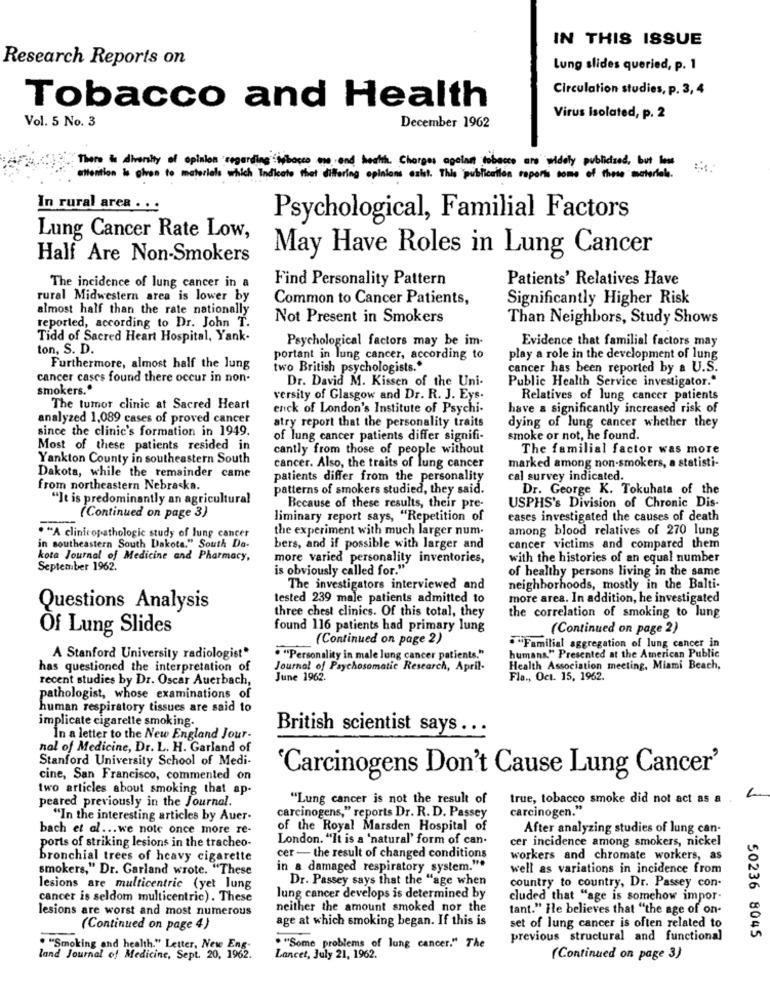
IN THIS ISSUE
Research Reports on
Lung slides queried, p. 1
Circulation studies, p. 3, 4
Tobacco and Health
Vol. 5 No. 3
December 1962
Virus Isolated, p. 2
There is diversity of opinion regarding inbosco me and health. Charges agelan tobacco are widely publicized, but low
attention to giron to materials which indicate that differing opinions asket. This publication reports some of these materials.
In rural area . ..
Psychological, Familial Factors
Lung Cancer Rate Low,
May Have Roles in Lung Cancer
Half Are Non-Smokers
Find Personality Pattern
Patients' Relatives Have
The incidence of lung cancer in a
rural Midwestern area is lower by
Common to Cancer Patients,
Significantly Higher Risk
almost half than the rate nationally
reported, according to Dr. John T.
Not Present in Smokers
Than Neighbors, Study Shows
Tidd of Sacred Heart Hospital, Yank.
Psychological factors may be im-
Evidence that familial factors may
ton, S. D.
portant in lung cancer, according to
play a role in the development of lung
Furthermore, almost half the lung
two British psychologists."
cancer has been reported by a U.S.
cancer cases found there occur in non.
Dr. David M. Kissen of the Uni-
Public Health Service investigator."
smokers."
versity of Glasgow and Dr. R. J. Eys.
Relatives of lung cancer patients
The tumor clinic at Sacred Heart
enck of London's Institute of Psychi-
have a significantly increased risk of
analyzed 1,089 cases of proved cancer
atry report that the personality traits
dying of lung cancer whether they
since the clinic's formation in 1949.
of lung cancer patients differ signifi-
smoke or not, he found.
Most of these patients resided in
cantly from those of people without
The familial factor was more
Yankton County in southeastern South
cancer. Also, the traits of lung cancer
marked among non-smokers, a statisti-
Dakota, while the remainder came
patients differ from the personality
cal survey indicated.
from northeastern Nebraska.
patterns of smokers studied, they said.
Dr. George K. Tokuhata of the
"It is predominantly an agricultural
Because of these results, their pre-
USPHS's Division of Chronic Dis-
(Continued on page 3)
liminary report says, "Repetition of
cases investigated the causes of death
the experiment with much larger num.
among blood relatives of 270 lung
. "A clinicopathologic study of lung cancer
in southeastern South Dakota." South De-
bers, and if possible with larger and
cancer victims and compared them
kota Journal of Medicine and Pharmacy,
more varied personality inventories,
with the histories of an equal number
September 1962.
is obviously called for."
of healthy persons living in the same
The investigators interviewed and
neighborhoods, mostly in the Balti-
tested 239 male patients admitted to
more area. In addition, he investigated
Questions Analysis
the correlation of smoking to lung
three chest clinics. Of this total, they
Of Lung Slides
found 116 patients had primary lung
(Continued on page 2)
(Continued on page 2)
humans." Presented at the American Public
"Familial aggregation of lung cancer in
A Stanford University radiologist*
."Personality in male lung cancer patients."
has questioned the interpretation of
Journal of Psychosomatic Research, April-
Health Association meeting, Miami Beach,
recent studies by Dr. Oscar Auerbach,
June 1962.
Fla ., Oct. 15, 1962.
pathologist, whose examinations of
human respiratory tissues are said to
implicate cigarette smoking.
British scientist says ...
In a letter to the New England Jour-
nal of Medicine, Dr. L. H. Garland of
Stanford University School of Medi-
'Carcinogens Don't Cause Lung Cancer'
cine, San Francisco, commented on
two articles about smoking that ap-
peared previously in the Journal.
"Lung cancer is not the result of
true, tobacco smoke did not act as a
carcinogens," reports Dr. R. D. Passey
"In the interesting articles by Auer-
carcinogen."
bach et al ... we note once more re-
of the Royal Marsden Hospital of
After analyzing studies of lung can-
London. "It is a 'natural' form of can-
cer incidence among smokers, nickel
ports of striking lesions in the tracheo-
bronchial trees of heavy cigarette
cer - the result of changed conditions
workers and chromate workers, as
smokers," Dr. Garland wrote. "These
in a damaged respiratory system."*
well as variations in incidence from
Dr. Passey says that the "age when
lesions are multicentric (yet lung
country to country, Dr. Passey con-
cancer is seldom multicentric) . These
lung cancer develops is determined by
cluded that "age is somehow impor
lesions are worst and most numerous
neither the amount smoked nor the
tant." He believes that "the age of on-
age at which smoking began. If this is
set of lung cancer is often related to
(Continued on page 4)
previous structural and functional
50236 8045
. "Smoking and health." Letter, New Ens
" ""Some problems of lung cancer." The
land Journal of Medicine, Sept. 20, 1962.
Lancet, July 21, 1962.
(Continued on page 3)